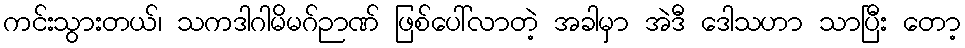
ကင်းသွားတယ်၊ သကဒါဂါမိမဂ်ဉာဏ် ဖြစ်ပေါ်လာတဲ့ အခါမှာ အဲဒီ ဒေါသဟာ သာပြီး တော့